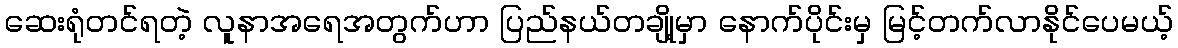
ဆေးရုံတင်ရတဲ့ လူနာအရေအတွက်ဟာ ပြည်နယ်တချို့မှာ နောက်ပိုင်းမှ မြင့်တက်လာနိုင်ပေမယ့်